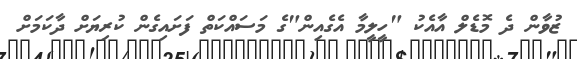
ޒުވާން ދެ މޮޑެލް އާއެކު "ހީލީމާ އެގެއިން"ގެ މަސައްކަތް ފަށައިގެން ކުރިޔަށް ދާކަމަށް